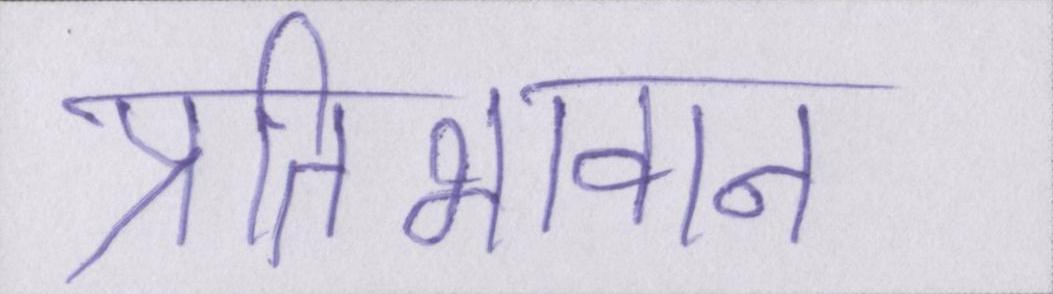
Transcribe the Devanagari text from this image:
प्रतिभावान